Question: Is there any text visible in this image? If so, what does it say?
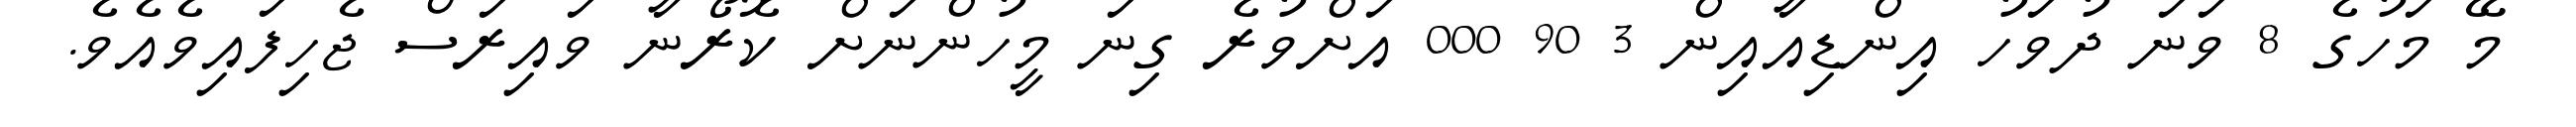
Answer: މޭ މަހުގެ 8 ވަނަ ދުވަހު އިންޑިއާއިން 3 90 000 އަށްވުރެ ގިނަ މީހުންނަށް ކޮރޯނާ ވައިރަސް ޖެހިފައިވެއެވެ.